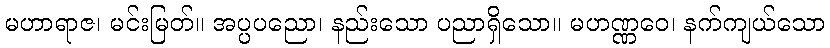
မဟာရာဇ၊ မင်းမြတ်။ အပ္ပပညော၊ နည်းသော ပညာရှိသော။ မဟဏ္ဏဝေ၊ နက်ကျယ်သော